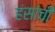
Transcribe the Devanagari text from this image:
हंसांची